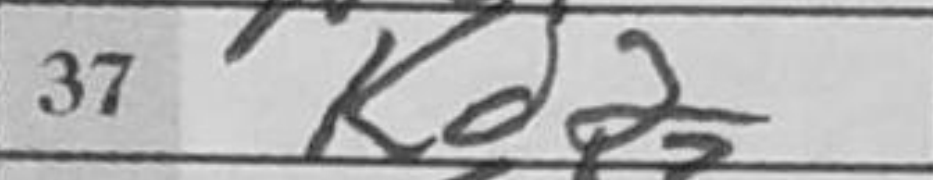
Transcription: Kd2